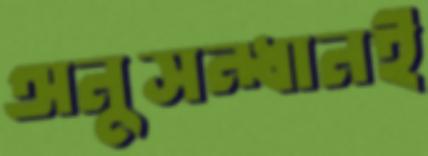
অনুসন্ধানই